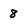
Character: 8